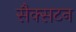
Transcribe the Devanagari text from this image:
सैक्सटन